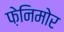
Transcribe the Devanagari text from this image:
फ़ेनिमोर